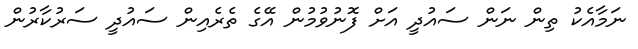
ނަމާއެކު ތިން ނަން ސައުދީ އަށް ފޮނުވުމުން އޭގެ ތެރެއިން ސައުދީ ސަރުކާރުން